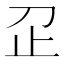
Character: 𬅷